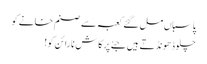
پاسباں مل گئے کعبہ سے صنم خانے کو
چلو ڈھونڈتے ہیں جئے پرکاش نارائن کو!